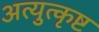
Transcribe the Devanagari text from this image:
अत्युुत्कृष्ट